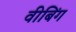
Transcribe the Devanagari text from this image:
वीबिंग